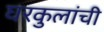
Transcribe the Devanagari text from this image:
घरकुलांची